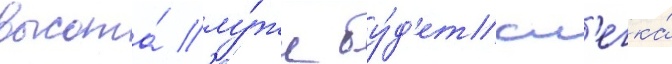
высота́ лу́жи бу́д'ет сл'егка́